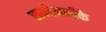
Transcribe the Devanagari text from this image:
रायटेमनीके